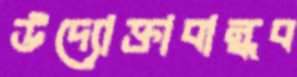
উদ্যোক্তাবান্ধব